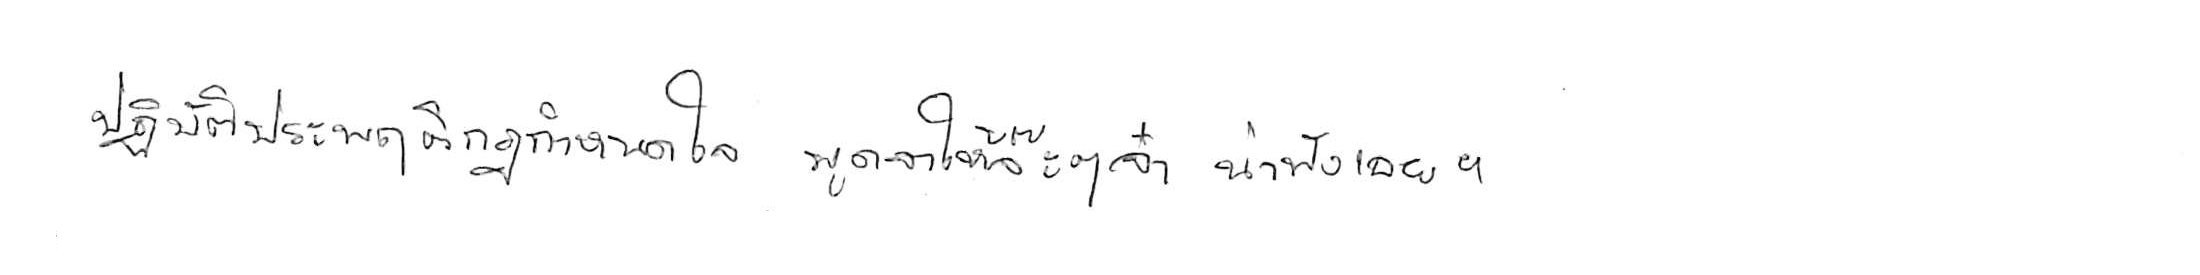
ปฏิบัติประพฤติกฎกำหนดใจ พูดจาให้จ๊ะๆ จ๋า น่าฟังเอยฯ